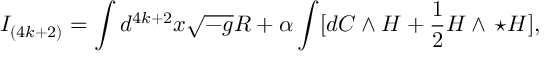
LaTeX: I _ { ( 4 k + 2 ) } = \int d ^ { 4 k + 2 } x \sqrt { - g } { \cal R } + \alpha \int [ d C \wedge H + { \frac { 1 } { 2 } } H \wedge \, \star H ] ,